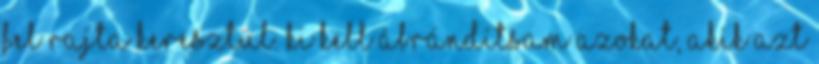
fel rajta keresztül. Ki kell ábrándítsam azokat, akik azt